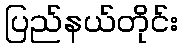
ပြည်နယ်တိုင်း